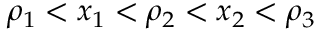
\rho _ { 1 } < x _ { 1 } < \rho _ { 2 } < x _ { 2 } < \rho _ { 3 }